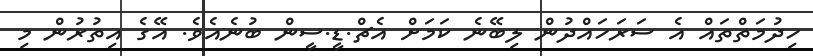
ހިދުމަތްތައް އެ ސަރަހައްދުން ލިބޭނެ ކަމަށް އެޗް.ޑީ.ސީން ބުނެއެވެ. އޭގެ އިތުރުން މި